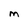
Character: M